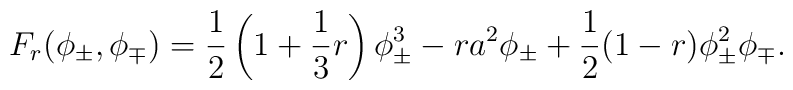
F_{r}(\phi_{\pm},\phi_{\mp})=\frac{1}{2}\left(1+\frac{1}{3} r\right)\phi^3_{\pm}- r a^2\phi_{\pm}+\frac{1}{2}(1- r)\phi^2_{\pm}\phi_{\mp}.